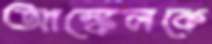
আঙ্কেলকে